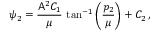
\psi _ { 2 } = \frac { \mathsf { A } ^ { 2 } C _ { 1 } } { \mu } \, \tan ^ { - 1 } \left( \frac { p _ { 2 } } { \mu } \right) + C _ { 2 } \, ,